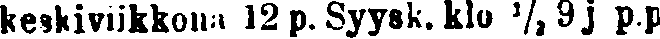
keskiviikkona 12 p. Syysk. klo ½9 j p.p